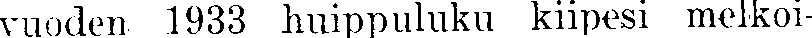
vuoden 1933 huippuluku kiipesi melkoi-